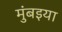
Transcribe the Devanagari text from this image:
मुंबइया